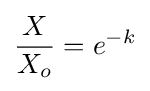
{\frac {X}{X_{o}}}=e^{-k}